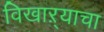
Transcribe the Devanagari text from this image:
विखाऱ्याचा